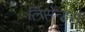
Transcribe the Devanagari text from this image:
लिसेन्डरों